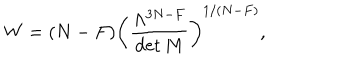
W = ( N - F ) \left( { \frac { \Lambda ^ { 3 N - F } } { \det M } } \right) ^ { 1 / ( N - F ) } ,